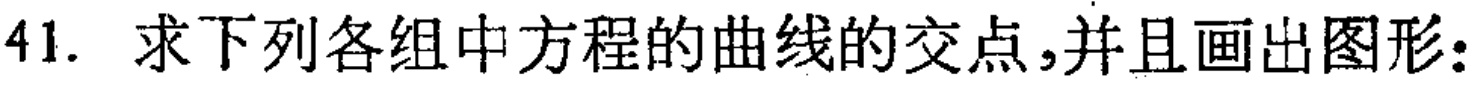
41. 求下列各组中方程的曲线的交点，并且画出图形：